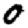
Digit: 0